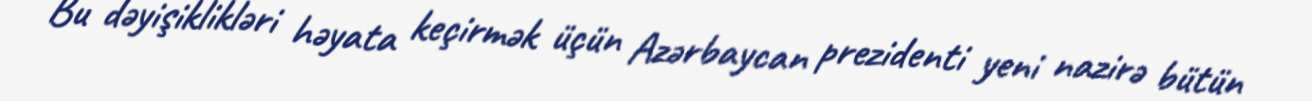
Bu dəyişiklikləri həyata keçirmək üçün Azərbaycan prezidenti yeni nazirə bütün